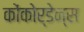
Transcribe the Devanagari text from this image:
कोंकोर्डेन्स